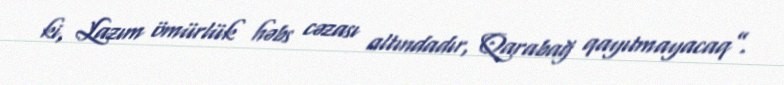
ki, Lazım ömürlük həbs cəzası altındadır, Qarabağ qayıtmayacaq”.